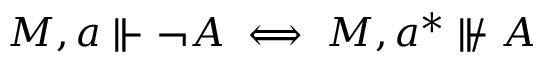
M , a \Vdash \lnot A \iff M , a ^ { * } \nVdash A